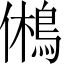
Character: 鵂